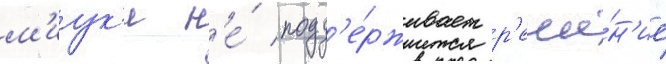
м'иук'и н'е́ подд'е́рживает р'еше́н'ие